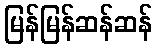
မြန်မြန်ဆန်ဆန်